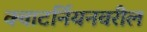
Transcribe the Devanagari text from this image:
क्वाटर्नियनवरील